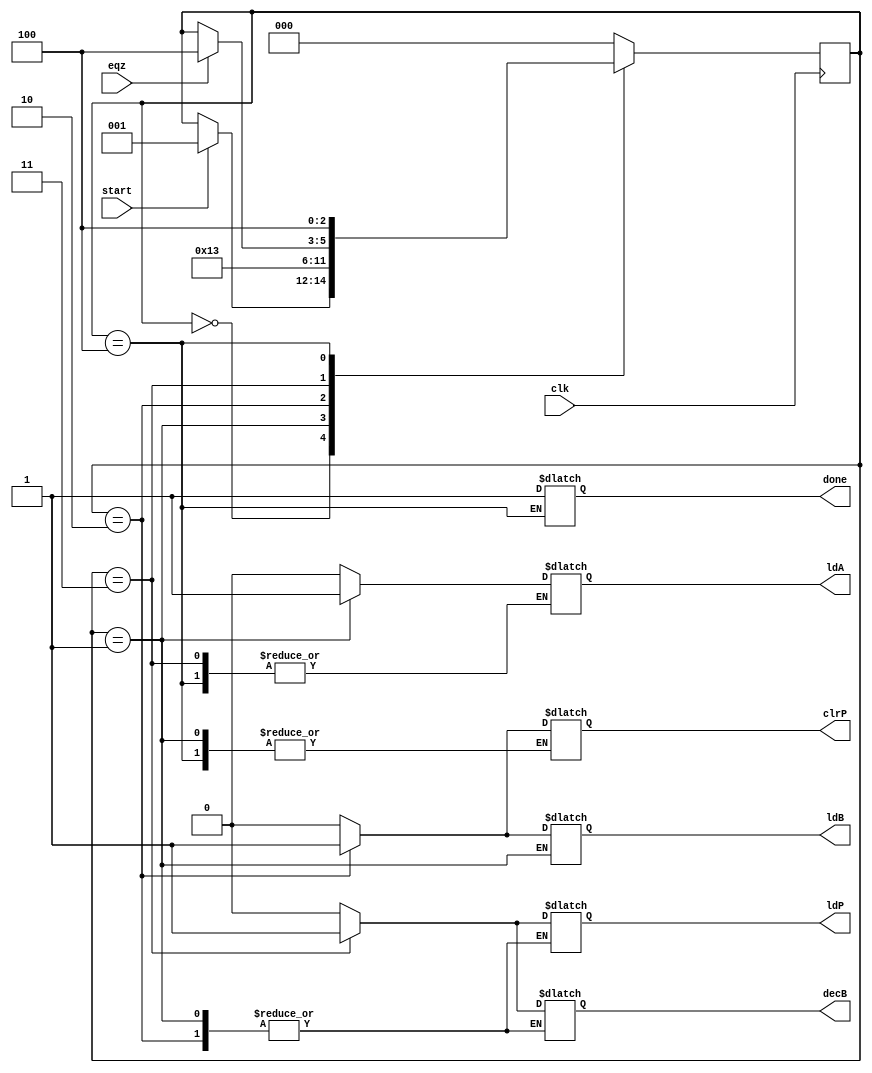
module controller(ldA,ldB,ldP,clrP,decB,done,clk,eqz,start);
input clk,eqz,start;
output reg ldA,ldB,ldP,clrP,decB,done;
reg[2:0] state;
parameter s0=3'b000, s1=3'b001,s2=3'b010,s3=3'b011,s4=3'b100;

always@(posedge clk)
begin
case(state)
	s0: if(start)
		state<=s1;
	s1: state<=s2;
	s2: state<=s3;
	s3: #2 if(eqz)
		state<=s4;
	s4: state<=s4;
	default: state<=s0;
endcase
end
always@(state)
begin
	case(state)
		s0: begin #1 ldA=0;ldB=0;ldP=0;clrP=0;decB=0;end
		s1: begin #1 ldA=1; end
		s2: begin #1 ldA=0; ldB=1; clrP=1;end
		s3: begin #1 ldB=0; ldP=1; clrP=0; decB=1;end
		s4: begin #1 done=1; ldB=0; ldP=0; decB=0;end
		default: begin #1 ldA=0;ldB=0;ldP=0;clrP=0;decB=0;end
	endcase
end
endmodule